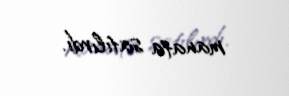
manata satılırdı.